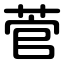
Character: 菅